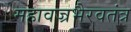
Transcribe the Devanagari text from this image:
महावज्रभैरवतंत्र